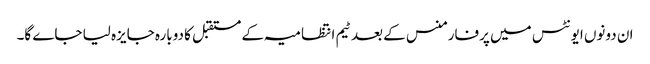
ان دونوں ایونٹس میں پرفارمنس کے بعد ٹیم انتظامیہ کے مستقبل کا دوبارہ جایزہ لیا جاے گا۔